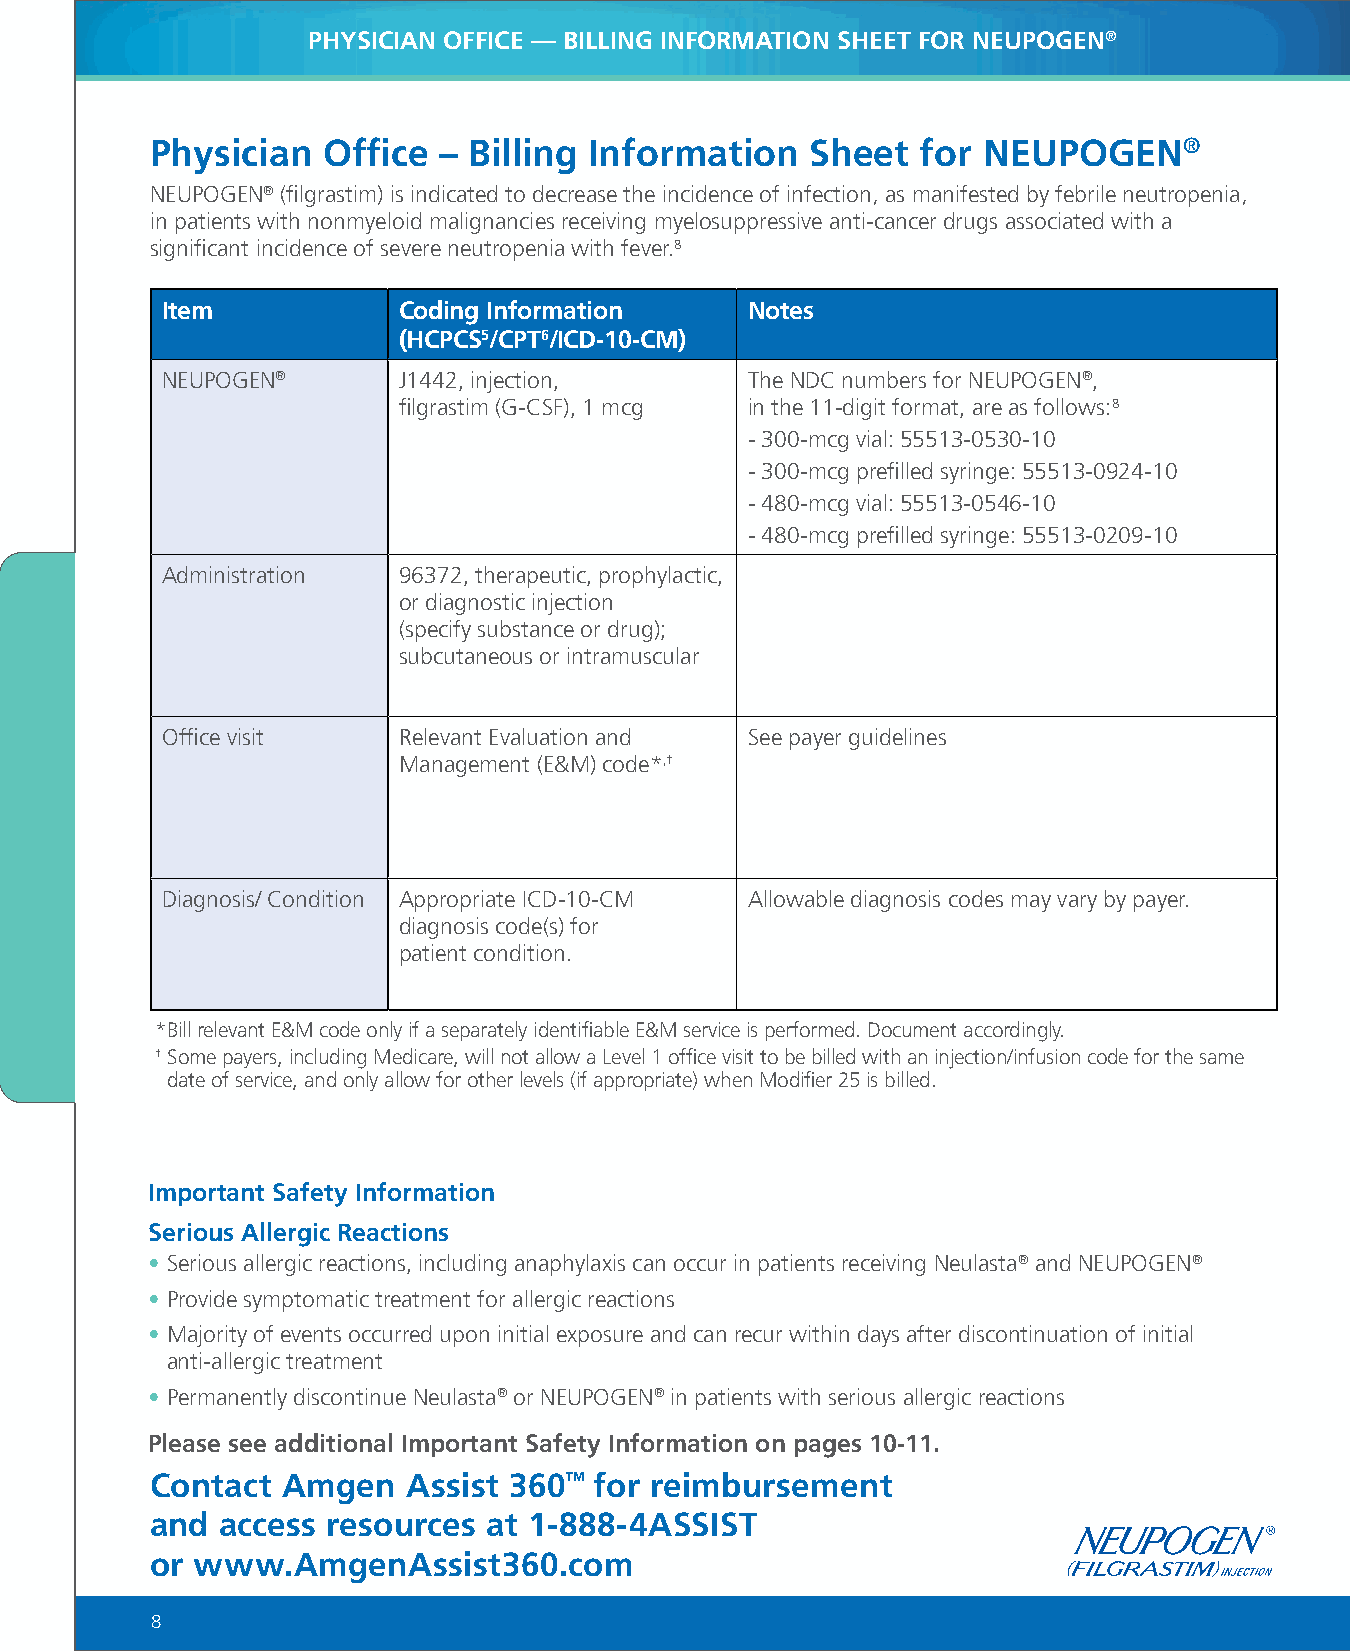
PHYSICIAN OFFICE — BILLING INFORMATION SHEET FOR NEUPOGEN®
 Physician  Office  – Billing Information    Sheet  for NEUPOGEN®
 NEUPOGEN® (filgrastim) is indicated to decrease the incidence of infection‚ as manifested by febrile neutropenia‚
 in patients with nonmyeloid malignancies receiving myelosuppressive anti-cancer drugs associated with a
 significant incidence of severe neutropenia with fever.8
 Item           Coding Information      Notes
 (HCPCS5/CPT6/ICD-10-CM)
 NEUPOGEN®      J1442, injection,       The NDC numbers for NEUPOGEN®,
 filgrastim (G-CSF), 1 mcg in the 11-digit format, are as follows:8
 - 300-mcg vial: 55513-0530-10
 - 300-mcg prefilled syringe: 55513-0924-10
 - 480-mcg vial: 55513-0546-10
 - 480-mcg prefilled syringe: 55513-0209-10
 Administration 96372, therapeutic, prophylactic,
 or diagnostic injection
 (specify substance or drug);
 subcutaneous or intramuscular
 Office visit   Relevant Evaluation and See payer guidelines
 Management (E&M) code*,†
 Diagnosis/ Condition Appropriate ICD-10-CM Allowable diagnosis codes may vary by payer.
 diagnosis code(s) for
 patient condition.
 *B ill relevant E&M code only if a separately identifiable E&M service is performed. Document accordingly.
 † S ome payers, including Medicare, will not allow a Level 1 office visit to be billed with an injection/infusion code for the same
 date of service, and only allow for other levels (if appropriate) when Modifier 25 is billed.
 Important Safety Information
 Serious Allergic Reactions
 • Serious allergic reactions, including anaphylaxis can occur in patients receiving Neulasta® and NEUPOGEN®
 • Provide symptomatic treatment for allergic reactions
 • Majority of events occurred upon initial exposure and can recur within days after discontinuation of initial
 anti-allergic treatment
 • Permanently discontinue Neulasta® or NEUPOGEN® in patients with serious allergic reactions
 Please see additional Important Safety Information on pages 10-11.
 Contact  Amgen   Assist 360™ for reimbursement
 and  access resources at 1-888-4ASSIST
 or www.AmgenAssist360.com
 8